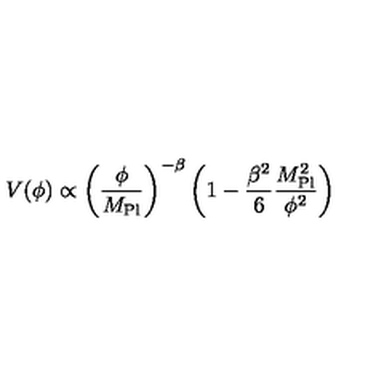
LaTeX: V ( \phi ) \propto \left( \frac { \phi } { M _ { \mathrm { P l } } } \right) ^ { - \beta } \left( 1 - \frac { \beta ^ { 2 } } { 6 } \frac { M _ { \mathrm { P l } } ^ { 2 } } { \phi ^ { 2 } } \right)